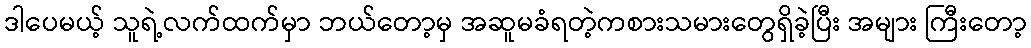
ဒါပေမယ့် သူရဲ့လက်ထက်မှာ ဘယ်တော့မှ အဆူမခံရတဲ့ကစားသမားတွေရှိခဲ့ပြီး အများ ကြီးတော့